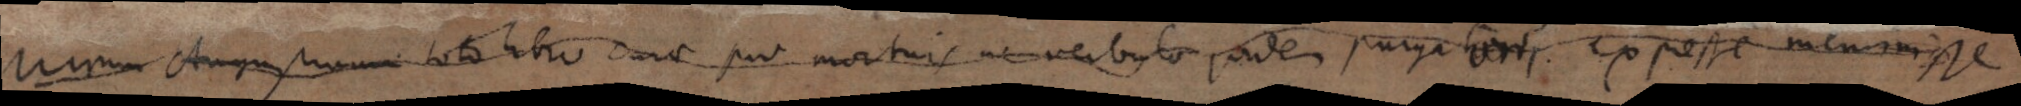
_ Augustinum toto libro cura pro mortuis ne verbulo quidem _ ex _ meminisse